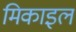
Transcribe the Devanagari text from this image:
मिकाइल